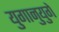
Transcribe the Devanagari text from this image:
युगानुयुगे